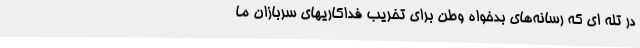
در تله ای که رسانه‌های بدخواه وطن برای تخریب فداکاریهای سربازان ما